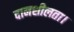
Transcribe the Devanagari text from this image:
दानशीलता।